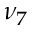
\nu _ { 7 }